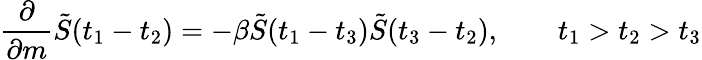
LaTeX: {\frac{\partial}{\partial{m}}}\tilde{S}(t_{1}-t_{2})=-\beta\tilde{S}(t_{1}-t_{3})\tilde{S}(t_{3}-t_{2}),\qquad t_{1}>t_{2}>t_{3}